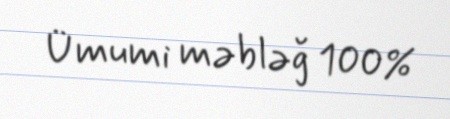
Ümumi məbləğ 100%